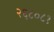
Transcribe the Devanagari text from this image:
२६८०८१